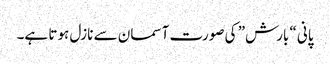
پانی “بارش” کی صورت آسمان سے نازل ہوتا ہے۔